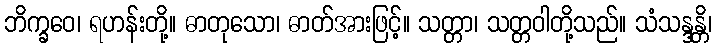
ဘိက္ခဝေ၊ ရဟန်းတို့။ ဓာတုသော၊ ဓာတ်အားဖြင့်။ သတ္တာ၊ သတ္တဝါတို့သည်။ သံသန္ဒန္တိ၊